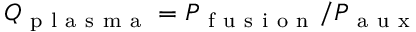
Q _ { \mathrm { ~ p ~ l ~ a ~ s ~ m ~ a ~ } } = P _ { \mathrm { ~ f ~ u ~ s ~ i ~ o ~ n ~ } } / P _ { \mathrm { ~ a ~ u ~ x ~ } }